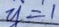
y = 1